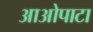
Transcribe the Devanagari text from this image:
आओपाटा